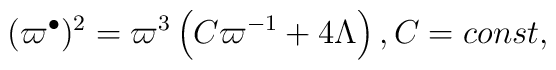
(\varpi ^{\bullet })^{2}=\varpi ^{3}\left( C\varpi ^{-1}+4\Lambda \right),C=const,